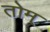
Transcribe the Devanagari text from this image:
तोम्